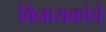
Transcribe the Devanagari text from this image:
विनायकांचे